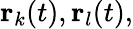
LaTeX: \textbf{r}_{k}(t),\textbf{r}_{l}(t),